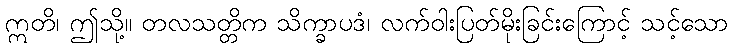
ဣတိ၊ ဤသို့။ တလသတ္တိက သိက္ခာပဒံ၊ လက်ဝါးပြတ်မိုးခြင်းကြောင့် သင့်သော